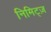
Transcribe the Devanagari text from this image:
निमिट्ज़